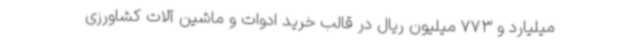
میلیارد و 773 میلیون ریال در قالب خرید ادوات و ماشین آلات کشاورزی